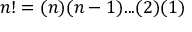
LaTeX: n ! = ( n ) ( n - 1 ) . . . ( 2 ) ( 1 )